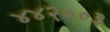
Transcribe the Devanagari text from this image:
४४२००३